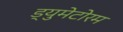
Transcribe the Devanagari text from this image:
ड्युमेटोरम